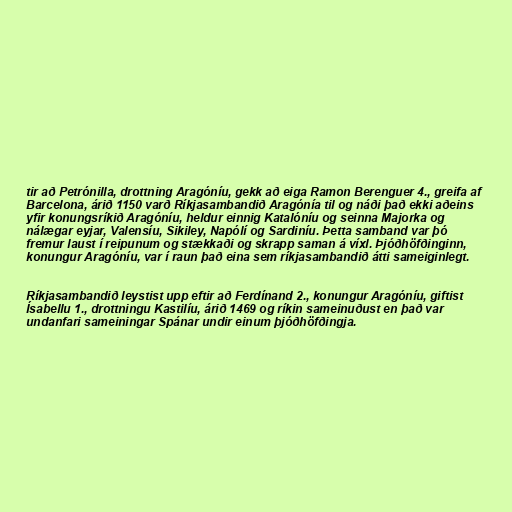
tir að Petrónilla, drottning Aragóníu, gekk að eiga Ramon Berenguer 4., greifa af
Barcelona, árið 1150 varð Ríkjasambandið Aragónía til og náði það ekki aðeins
yfir konungsríkið Aragóníu, heldur einnig Katalóníu og seinna Majorka og
nálægar eyjar, Valensíu, Sikiley, Napólí og Sardiníu. Þetta samband var þó
fremur laust í reipunum og stækkaði og skrapp saman á víxl. Þjóðhöfðinginn,
konungur Aragóníu, var í raun það eina sem ríkjasambandið átti sameiginlegt.

Ríkjasambandið leystist upp eftir að Ferdínand 2., konungur Aragóníu, giftist
Ísabellu 1., drottningu Kastilíu, árið 1469 og ríkin sameinuðust en það var
undanfari sameiningar Spánar undir einum þjóðhöfðingja.